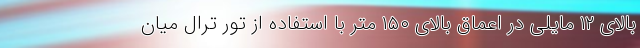
بالای ۱۲ مایلی در اعماق بالای ۱۵۰ متر با استفاده از تور ترال میان